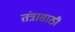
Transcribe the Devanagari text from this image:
तंत्रासाठी